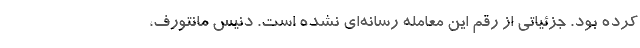
کرده بود. جزئیاتی از رقم این معامله رسانه‌ای نشده است. دنیس مانتورف،